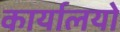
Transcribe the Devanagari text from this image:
कार्यालयो